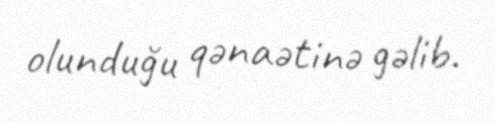
olunduğu qənaətinə gəlib.